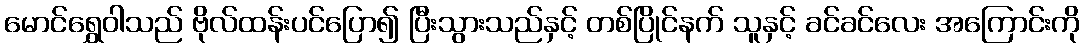
မောင်ရွှေဝါသည် ဗိုလ်ထန်းပင်ပြော၍ ပြီးသွားသည်နှင့် တစ်ပြိုင်နက် သူနှင့် ခင်ခင်လေး အကြောင်းကို